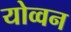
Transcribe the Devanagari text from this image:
योव्वन